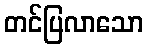
တင်ပြလာသော